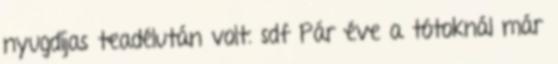
nyugdíjas teadélután volt. sdf Pár éve a tótoknál már